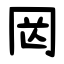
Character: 㒺